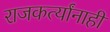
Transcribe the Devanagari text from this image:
राजकर्त्यांनाही